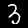
Label: 3